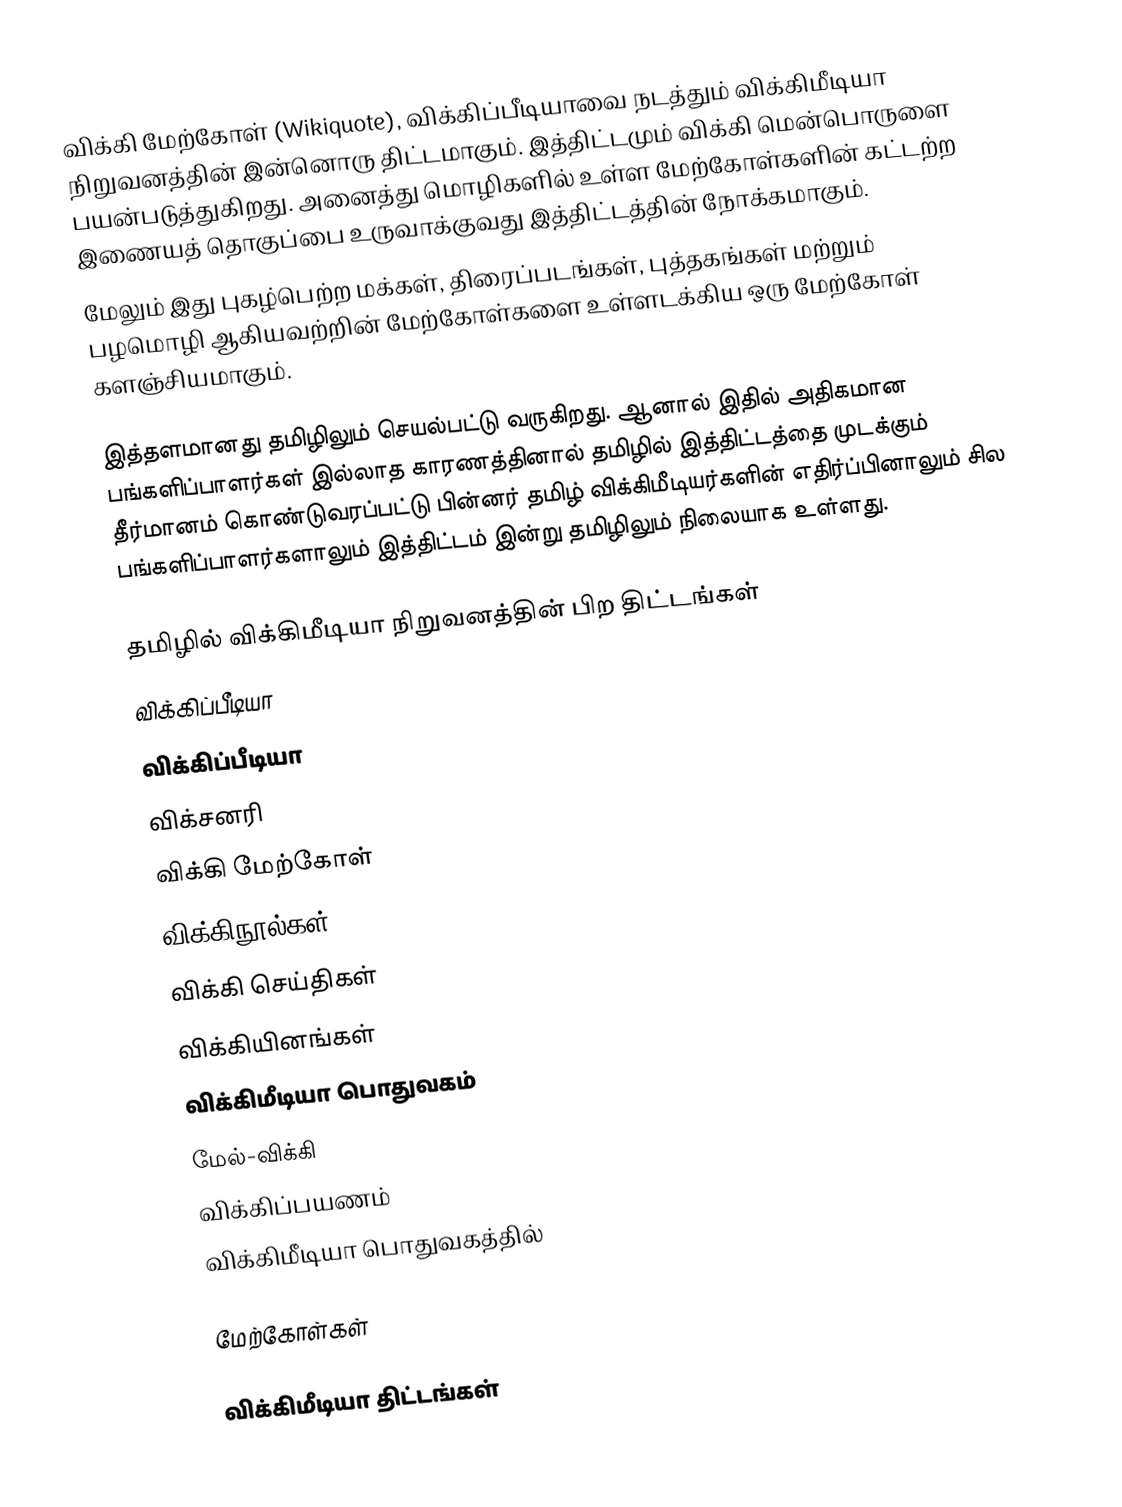
விக்கி மேற்கோள் (Wikiquote), விக்கிப்பீடியாவை நடத்தும் விக்கிமீடியா நிறுவனத்தின் இன்னொரு திட்டமாகும். இத்திட்டமும் விக்கி மென்பொருளை பயன்படுத்துகிறது. அனைத்து மொழிகளில் உள்ள மேற்கோள்களின் கட்டற்ற இணையத் தொகுப்பை உருவாக்குவது இத்திட்டத்தின் நோக்கமாகும்.
மேலும் இது புகழ்பெற்ற மக்கள், திரைப்படங்கள், புத்தகங்கள் மற்றும் பழமொழி ஆகியவற்றின் மேற்கோள்களை உள்ளடக்கிய ஒரு மேற்கோள் களஞ்சியமாகும்.

இத்தளமானது தமிழிலும் செயல்பட்டு வருகிறது. ஆனால் இதில் அதிகமான பங்களிப்பாளர்கள் இல்லாத காரணத்தினால் தமிழில் இத்திட்டத்தை முடக்கும் தீர்மானம் கொண்டுவரப்பட்டு பின்னர் தமிழ் விக்கிமீடியர்களின் எதிர்ப்பினாலும் சில பங்களிப்பாளர்களாலும் இத்திட்டம் இன்று தமிழிலும் நிலையாக உள்ளது.

தமிழில் விக்கிமீடியா நிறுவனத்தின் பிற திட்டங்கள்
 விக்கிப்பீடியா
 விக்கிப்பீடியா
 விக்சனரி
 விக்கி மேற்கோள்
 விக்கிநூல்கள்
 விக்கி செய்திகள்
 விக்கியினங்கள்
 விக்கிமீடியா பொதுவகம்
 மேல்-விக்கி
 விக்கிப்பயணம்
விக்கிமீடியா பொதுவகத்தில்

மேற்கோள்கள்

விக்கிமீடியா திட்டங்கள்